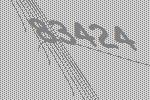
83424